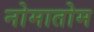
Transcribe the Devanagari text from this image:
नोमातोम